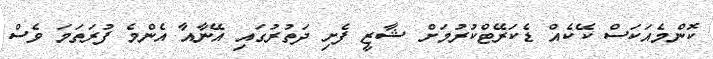
ކޮންމެއަކަސް ކޭކެއް ޑެކަރޭޓްކުރުމަށް ޝާޒީ ފެށި ދަތުރުގައި އޭނާއާ އެންމެ ފުރަތަމަ ވެސް